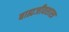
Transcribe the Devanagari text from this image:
बाह्यजीवशास्त्र